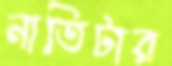
নাতিটার